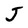
Character: J